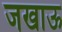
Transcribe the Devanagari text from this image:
जखाऊ